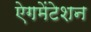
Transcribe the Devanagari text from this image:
ऐगमेंटेशन